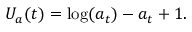
U _ { a } ( t ) = \log ( a _ { t } ) - a _ { t } + 1 .